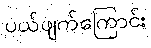
ပယ်ဖျက်ကြောင်း